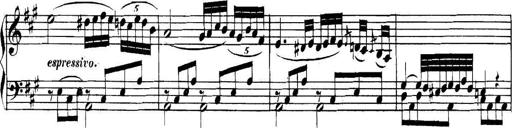
Title: Collected Piano Sonatas
Composer: Muzio Clementi